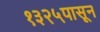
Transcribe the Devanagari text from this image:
१३२५पासून